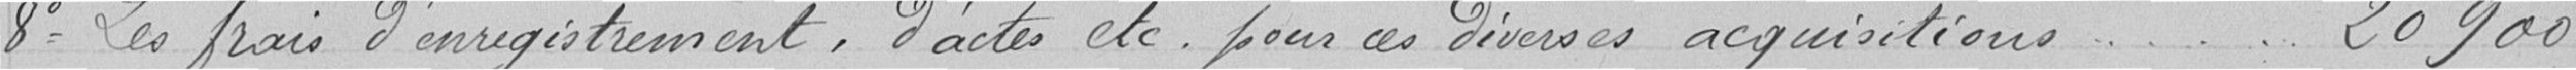
8° Les frais d'enregistrement, d'actes etc. pour diverses acquisitions - - - - - 20 900